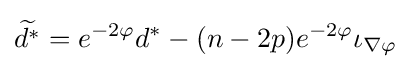
{\widetilde {d^{\ast }}}=e^{-2\varphi }d^{\ast }-(n-2p)e^{-2\varphi }\iota _{\nabla \varphi }